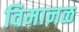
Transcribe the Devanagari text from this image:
विमानळ